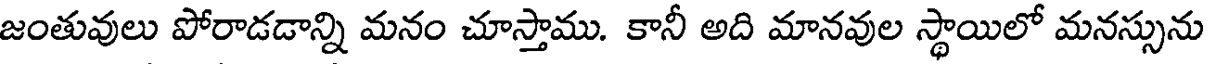
జంతువులు పోరాడడాన్ని మనం చూస్తాము. కానీ అది మానవుల స్థాయిలో మనస్సును